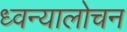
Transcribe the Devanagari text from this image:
ध्वन्यालोचन